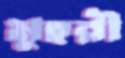
মুহরী